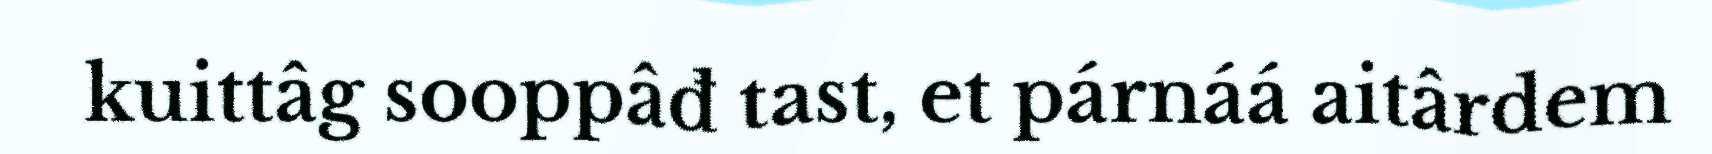
kuittâg sooppâđ tast, et párnáá aitârdem